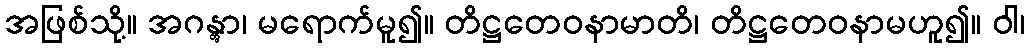
အဖြစ်သို့။ အဂန္တွာ၊ မရောက်မူ၍။ တိဋ္ဌတေဝနာမာတိ၊ တိဋ္ဌတေဝနာမဟူ၍။ ဝါ၊